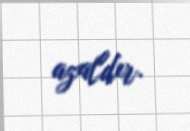
azaldır.